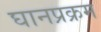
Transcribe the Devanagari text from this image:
घानप्रक्रम